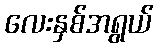
လေးနှစ်အရွယ်